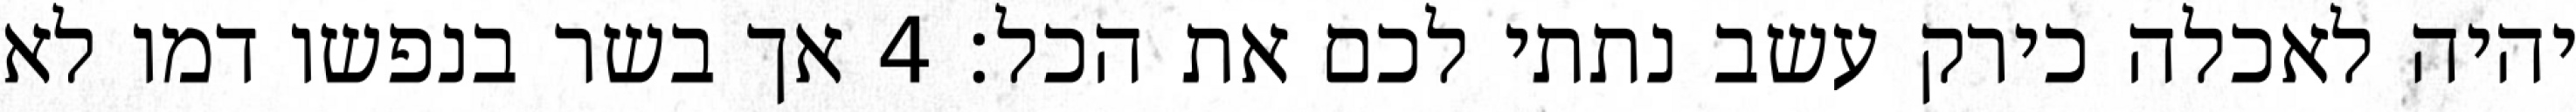
יהיה לאכלה כירק עשב נתתי לכם את הכל׃ ‎4‏ אך בשר בנפשו דמו לא